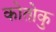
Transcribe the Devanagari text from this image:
कोतोकु